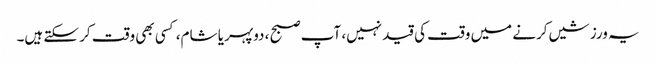
یہ ورزشیں کرنے میں وقت کی قید نہیں، آپ صبح ، دوپہر یا شام، کسی بھی وقت کر سکتے ہیں۔